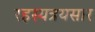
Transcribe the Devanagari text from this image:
रहस्यत्रयसार